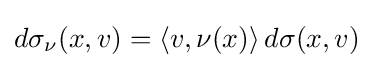
d\sigma _{\nu }(x,v)=\langle v,\nu (x)\rangle \,d\sigma (x,v)